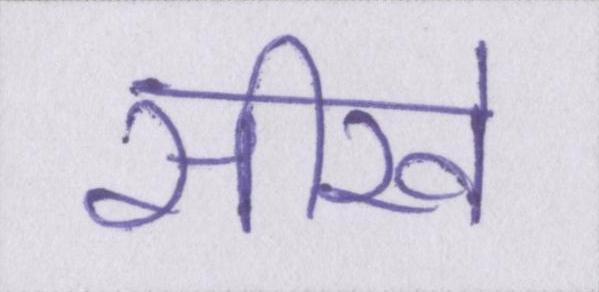
सीखे